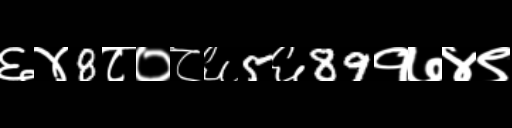
Text: ६४8८०८६5६89१७४९